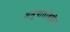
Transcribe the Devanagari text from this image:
अनुपातविहीन